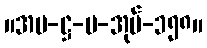
။အပ-ဋ္ဌ-ပ-အုပ်-၁၅၈။